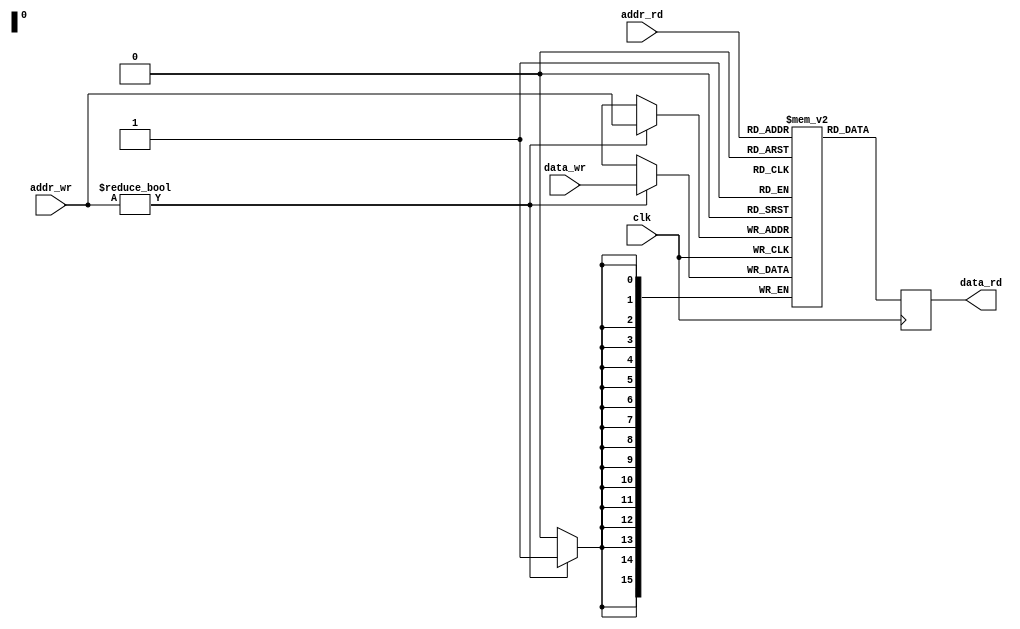
module dual_port_ram (
    input wire clk,
    input wire [15:0] addr_rd,
    input wire [15:0] addr_wr,
    input wire [15:0] data_wr,
    output reg [15:0] data_rd
);

reg [15:0] memory [0:65535];

always @(posedge clk) begin
    if(addr_wr != 16'h0000) begin
        memory[addr_wr] <= data_wr;
    end
    
    data_rd <= memory[addr_rd];
end

endmodule